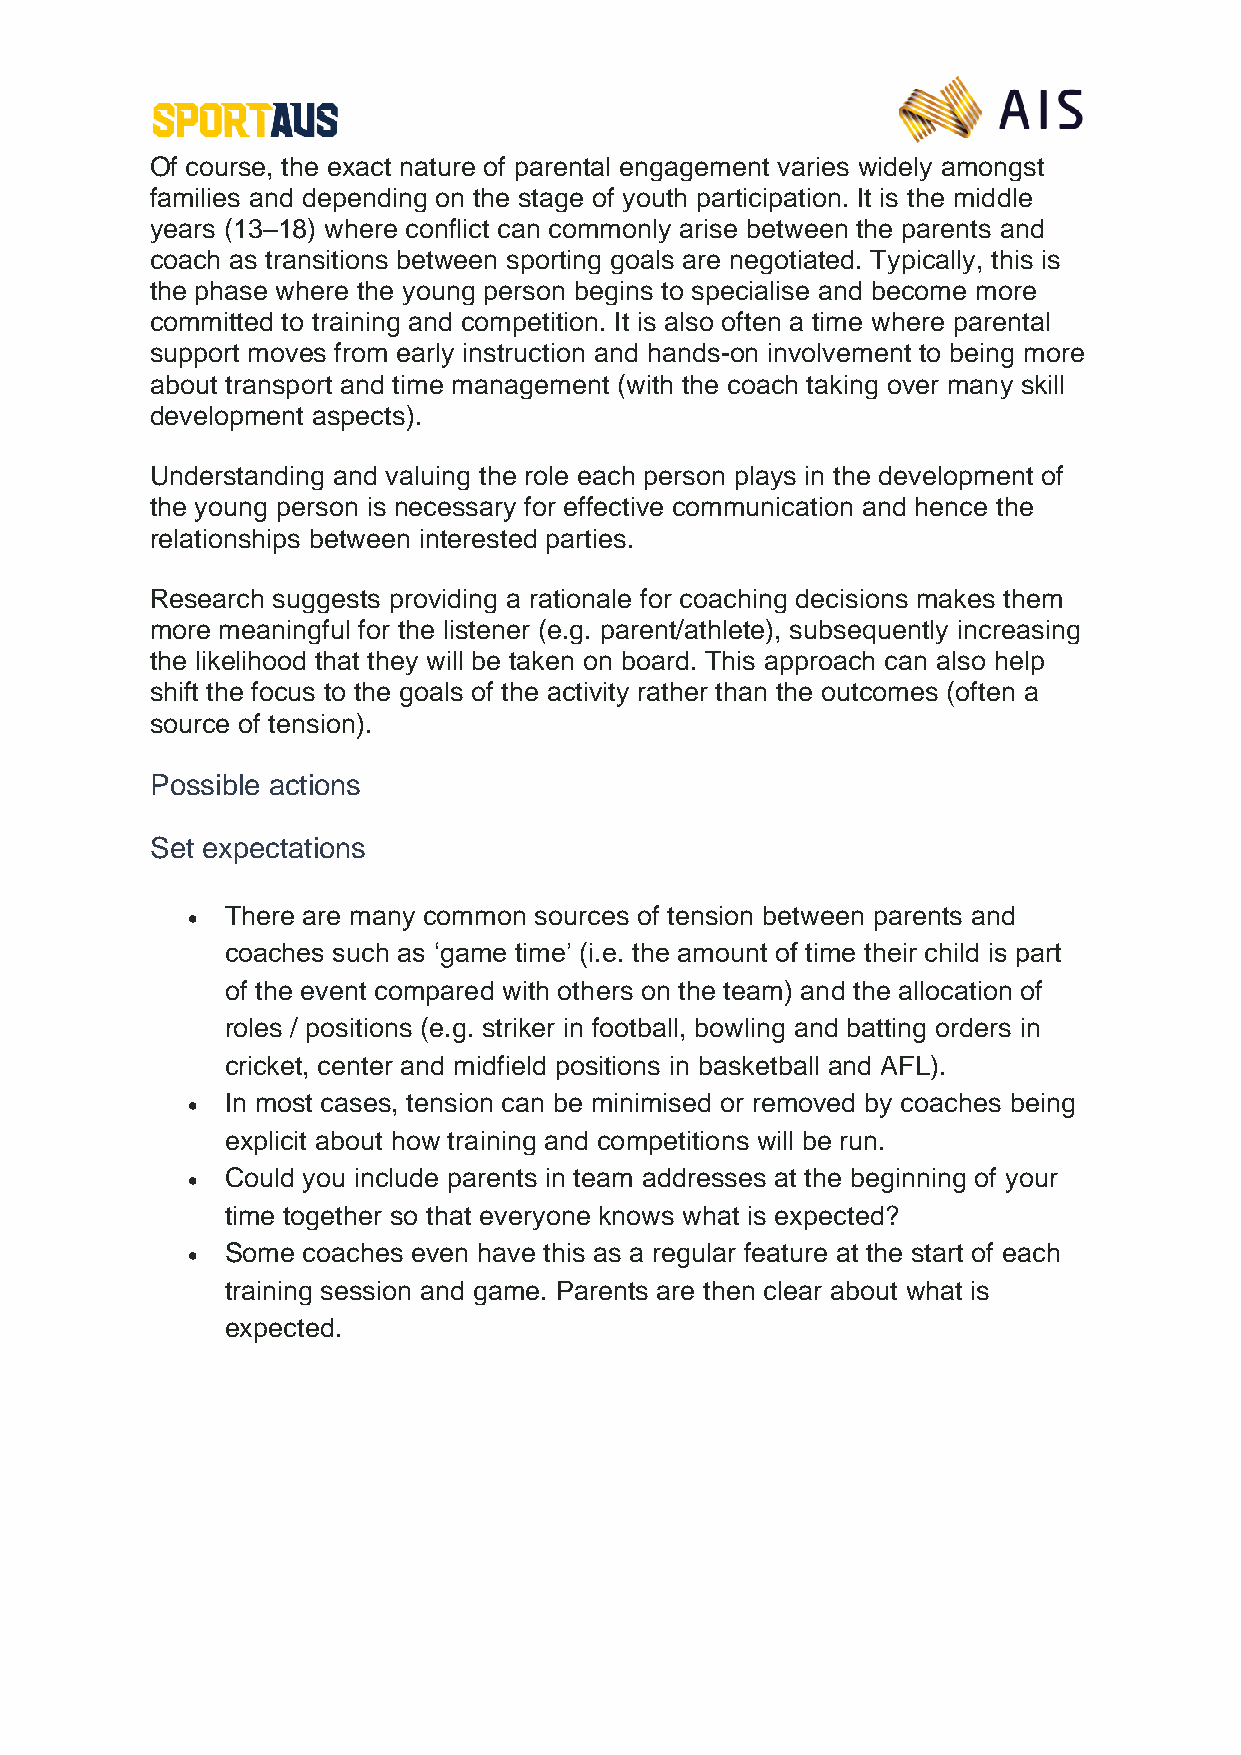
Of course, the exact nature of parental engagement varies widely amongst
 families and depending on the stage of youth participation. It is the middle
 years (13–18) where conflict can commonly arise between the parents and
 coach as transitions between sporting goals are negotiated. Typically, this is
 the phase where the young person begins to specialise and become more
 committed to training and competition. It is also often a time where parental
 support moves from early instruction and hands-on involvement to being more
 about transport and time management (with the coach taking over many skill
 development aspects).
 Understanding and valuing the role each person plays in the development of
 the young person is necessary for effective communication and hence the
 relationships between interested parties.
 Research suggests providing a rationale for coaching decisions makes them
 more meaningful for the listener (e.g. parent/athlete), subsequently increasing
 the likelihood that they will be taken on board. This approach can also help
 shift the focus to the goals of the activity rather than the outcomes (often a
 source of tension).
 Possible actions
 Set expectations
 •  There are many common sources of tension between parents and
 coaches such as ‘game time’ (i.e. the amount of time their child is part
 of the event compared with others on the team) and the allocation of
 roles / positions (e.g. striker in football, bowling and batting orders in
 cricket, center and midfield positions in basketball and AFL).
 •  In most cases, tension can be minimised or removed by coaches being
 explicit about how training and competitions will be run.
 •  Could you include parents in team addresses at the beginning of your
 time together so that everyone knows what is expected?
 •  Some coaches even have this as a regular feature at the start of each
 training session and game. Parents are then clear about what is
 expected.